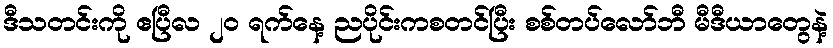
ဒီသတင်းကို ဧပြီလ ၂၀ ရက်နေ့ ညပိုင်းကစတင်ပြီး စစ်တပ်လော်ဘီ မီဒီယာတွေနဲ့